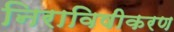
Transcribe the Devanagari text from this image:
निराविषीकरण